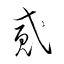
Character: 貳